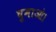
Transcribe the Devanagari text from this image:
घुमाओ।